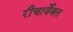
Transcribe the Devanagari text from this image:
रीचार्जेबल